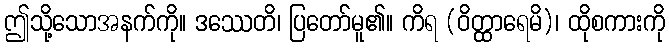
ဤသို့သောအနက်ကို။ ဒဿေတိ၊ ပြတော်မူ၏။ ကိရ (ဝိတ္ထာရေမိ)၊ ထိုစကားကို